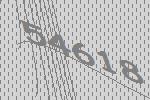
54618